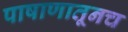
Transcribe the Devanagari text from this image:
पाषाणातूनच